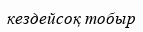
кездейсоқ тобыр